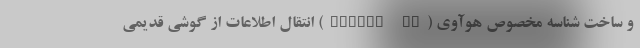
و ساخت شناسه مخصوص هوآوی (Huawei ID) انتقال اطلاعات از گوشی قدیمی